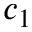
c _ { 1 }